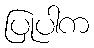
ပြုပါက